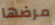
مرضها